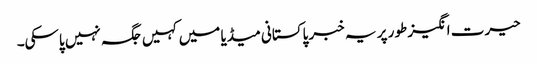
حیرت انگیز طور پر یہ خبر پاکستانی میڈیا میں کہیں جگہ نہیں پاسکی۔